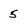
Character: 5